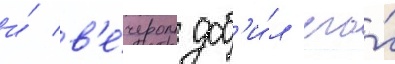
и́ в'е́чером доб'и́л его́